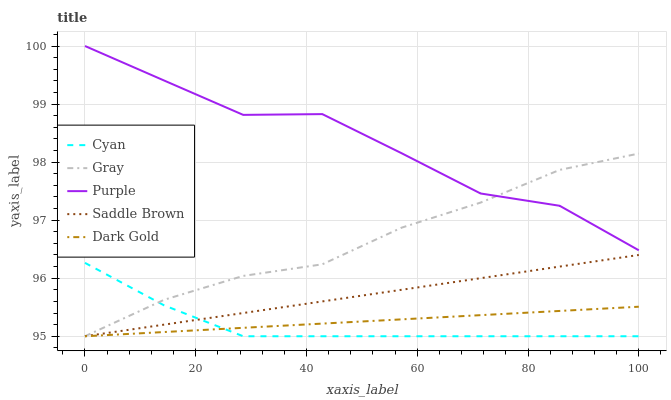
| xaxis_label | Cyan | Gray | Purple | Saddle Brown | Dark Gold |
 | --- | --- | --- | --- | --- | --- |
 | 0 | 96.3 | 95 | 100 | 95 | 95 |
 | 14.3 | 95.5 | 95.6 | 99.4 | 95.2 | 95.1 |
 | 28.6 | 95 | 96 | 98.8 | 95.4 | 95.1 |
 | 42.9 | 95 | 96.2 | 98.8 | 95.6 | 95.2 |
 | 57.1 | 95 | 96.9 | 98.2 | 95.8 | 95.3 |
 | 71.4 | 95 | 97.3 | 97.5 | 96 | 95.4 |
 | 85.7 | 95 | 97.9 | 97.2 | 96.2 | 95.4 |
 | 100 | 95 | 98.1 | 96.5 | 96.4 | 95.5 |